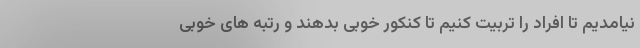
نیامدیم تا افراد را تربیت کنیم تا کنکور خوبی بدهند و رتبه های خوبی